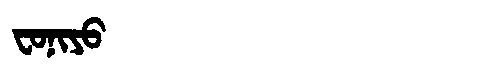
Manchu: ᠸᠣᠨᡳᠶᠣ
Romanization: FONIYO